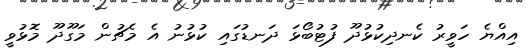
އިއްޔެ ހަވީރު ކެނދިކުޅުދޫ ފުޓުބޯޅަ ދަނޑުގައި ކުޅުނު އެ މެޗުން މަގޫދޫ މޮޅުވީ